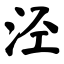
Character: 泾